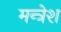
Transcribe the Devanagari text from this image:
मन्त्रेश